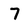
Character: 7